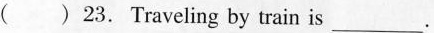
( ) 23. Traveling by train is ___.